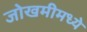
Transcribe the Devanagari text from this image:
जोखमीमध्ये